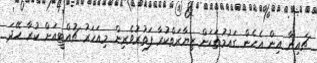
ޗައިނާ އިން އެހެން ގައުމުތަކަށް ޒިޔާރަތްކުރާ ފަތުރުވެރިން މިއަހަރު ޗުއްޓީއަށް ކުރާ ހޭދަ